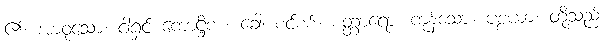
၏။ အာဝုသော၊ ငါ့ရှင် ကောဋ္ဌိက။ ခေါ၊ စင်စစ်။ စတ္တာရော၊ ကုန်သော။ ပစ္စယာ၊ တို့သည်။